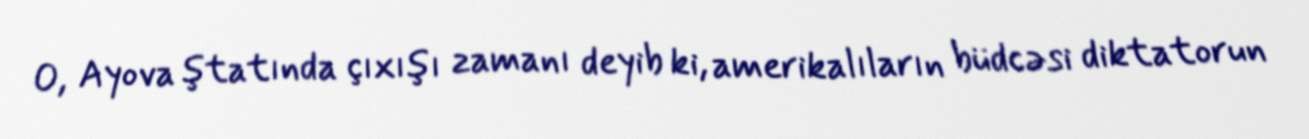
O, Ayova ştatında çıxışı zamanı deyib ki, amerikalıların büdcəsi diktatorun